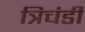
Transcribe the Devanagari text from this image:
त्रिचंडी